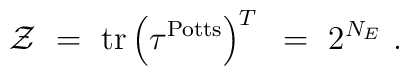
{\cal Z}~=~\hbox{tr}\left(\tau^{\rm Potts}\right)^T~=~ 2^{N_E} \ .